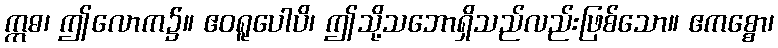
ဣဓ၊ ဤလောက၌။ ဧဝရူပေါပိ၊ ဤသို့သဘောရှိသည်လည်းဖြစ်သော။ ဧကစ္စော၊